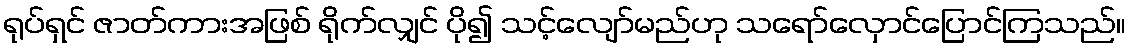
ရုပ်ရှင် ဇာတ်ကားအဖြစ် ရိုက်လျှင် ပို၍ သင့်လျော်မည်ဟု သရော်လှောင်ပြောင်ကြသည်။